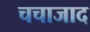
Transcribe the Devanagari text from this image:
चचाजाद